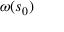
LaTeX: \omega ( s _ { 0 } )